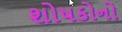
શોષકોનો